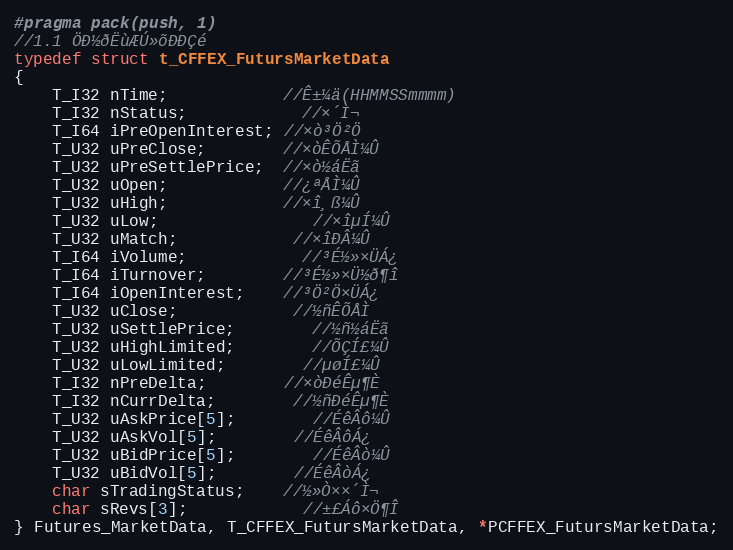
Language: C
#pragma pack(push, 1)
//1.1 ÖÐ½ðËùÆÚ»õÐÐÇé
typedef struct t_CFFEX_FutursMarketData
{
	T_I32 nTime;			//Ê±¼ä(HHMMSSmmmm)
	T_I32 nStatus;			//×´Ì¬
	T_I64 iPreOpenInterest; //×ò³Ö²Ö
	T_U32 uPreClose;		//×òÊÕÅÌ¼Û
	T_U32 uPreSettlePrice;  //×ò½áËã
	T_U32 uOpen;			//¿ªÅÌ¼Û
	T_U32 uHigh;			//×î¸ß¼Û
	T_U32 uLow;				//×îµÍ¼Û
	T_U32 uMatch;			//×îÐÂ¼Û
	T_I64 iVolume;			//³É½»×ÜÁ¿
	T_I64 iTurnover;		//³É½»×Ü½ð¶î
	T_I64 iOpenInterest;	//³Ö²Ö×ÜÁ¿
	T_U32 uClose;			//½ñÊÕÅÌ
	T_U32 uSettlePrice;		//½ñ½áËã
	T_U32 uHighLimited;		//ÕÇÍ£¼Û
	T_U32 uLowLimited;		//µøÍ£¼Û
	T_I32 nPreDelta;		//×òÐéÊµ¶È
	T_I32 nCurrDelta;		//½ñÐéÊµ¶È
	T_U32 uAskPrice[5];		//ÉêÂô¼Û
	T_U32 uAskVol[5];		//ÉêÂôÁ¿
	T_U32 uBidPrice[5];		//ÉêÂò¼Û
	T_U32 uBidVol[5];		//ÉêÂòÁ¿
	char sTradingStatus;	//½»Ò××´Ì¬
	char sRevs[3];			//±£Áô×Ö¶Î
} Futures_MarketData, T_CFFEX_FutursMarketData, *PCFFEX_FutursMarketData;